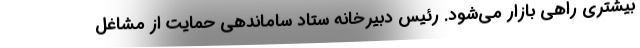
بیشتری راهی بازار می‌شود. رئیس دبیرخانه ستاد ساماندهی حمایت از مشاغل